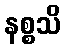
နစ္စသိ